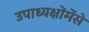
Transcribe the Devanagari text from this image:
उपाध्यक्षोंमेंसे